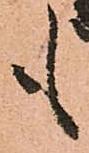
も